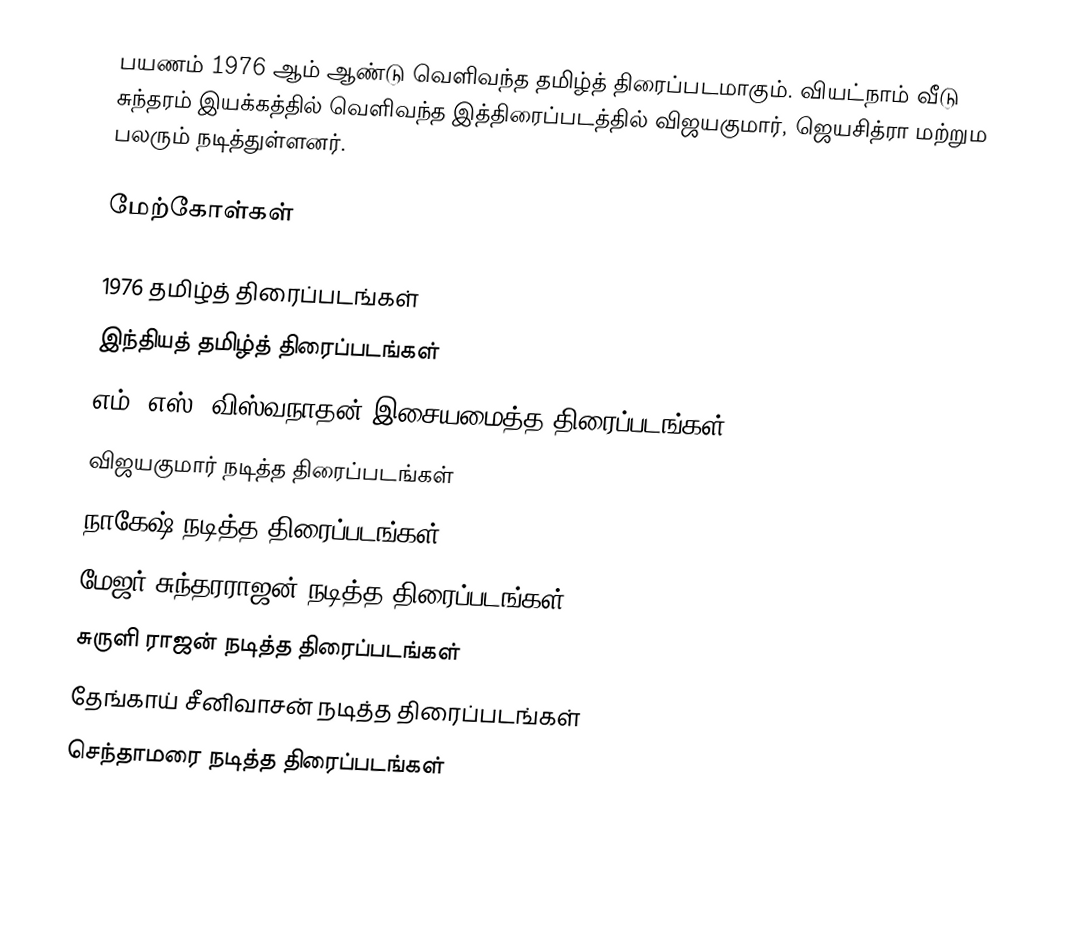
பயணம் 1976 ஆம் ஆண்டு வெளிவந்த தமிழ்த் திரைப்படமாகும். வியட்நாம் வீடு சுந்தரம் இயக்கத்தில் வெளிவந்த இத்திரைப்படத்தில் விஜயகுமார், ஜெயசித்ரா மற்றும பலரும் நடித்துள்ளனர்.

மேற்கோள்கள்

1976 தமிழ்த் திரைப்படங்கள்
இந்தியத் தமிழ்த் திரைப்படங்கள்
எம். எஸ். விஸ்வநாதன் இசையமைத்த திரைப்படங்கள்
விஜயகுமார் நடித்த திரைப்படங்கள்
நாகேஷ் நடித்த திரைப்படங்கள்
மேஜர் சுந்தரராஜன் நடித்த திரைப்படங்கள்
சுருளி ராஜன் நடித்த திரைப்படங்கள்
தேங்காய் சீனிவாசன் நடித்த திரைப்படங்கள்
செந்தாமரை நடித்த திரைப்படங்கள்